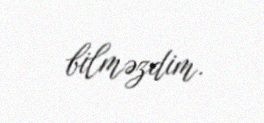
bilməzdim.